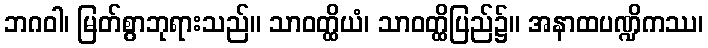
ဘဂဝါ၊ မြတ်စွာဘုရားသည်။ သာဝတ္ထိယံ၊ သာဝတ္ထိပြည်၌။ အနာထပဏ္ဍိကဿ၊